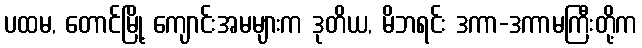
ပထမ, တောင်မြို့ ကျောင်းအမများက ဒုတိယ, မိဘရင်း ဒကာ-ဒကာမကြီးတို့က